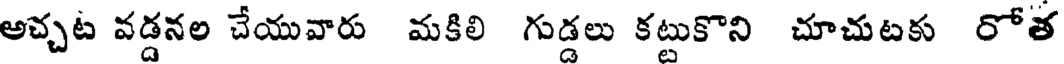
అచ్చట వడ్డనల చేయువారు మకిలి గుడ్డలు కట్టుకొని చూచుటకు రోత